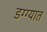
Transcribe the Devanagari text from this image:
डग्ग्यात